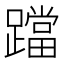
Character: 𨆉